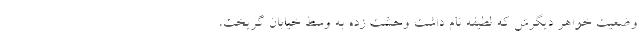
وضعیت خواهر دیگرش که لطیفه نام داشت وحشت زده به وسط خیابان گریخت،